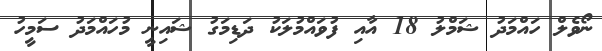
ނޯވެލް ހައްމަދު ޝަމްލު 18 އާއި ފުވައްމުލަކު ދަޑިމަގު ޝައިނީ މުހައްމަދު ސަމީހު